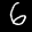
Label: 6